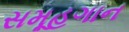
સમૂહગાન